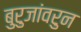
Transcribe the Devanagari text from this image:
बुरुजांवरुन